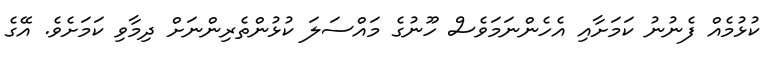
ކުޅުމެއް ފެނުނު ކަމަށާއި އެހެންނަމަވެސް ހޫނުގެ މައްސަލަ ކުޅުންތެރިންނަށް ދިމާވި ކަމަށެވެ. އޭގެ